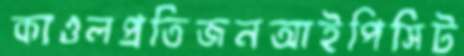
কাওলপ্রতিজনআইপিসিট